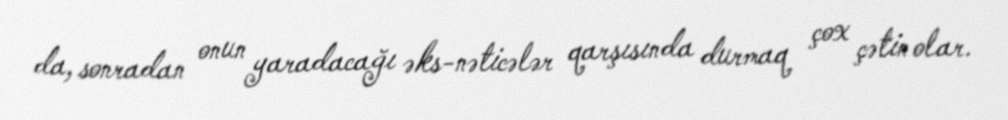
da, sonradan onun yaradacağı əks-nəticələr qarşısında durmaq çox çətin olar.